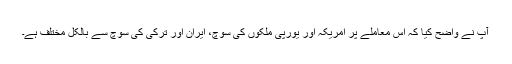
آپ نے واضح کیا کہ اس معاملے پر امریکہ اور یورپی ملکوں کی سوچ، ایران اور ترکی کی سوچ سے بالکل مختلف ہے۔